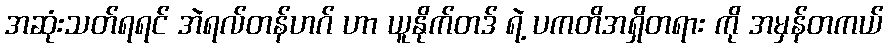
အဆုံးသတ်ရရင် အဲရလ်တန်ဟဂ် ဟာ ယူနိုက်တဒ် ရဲ့ ပကတိအရှိတရား ကို အမှန်တကယ်